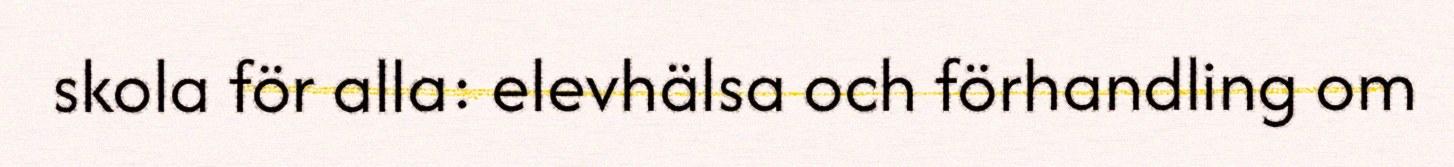
skola för alla: elevhälsa och förhandling om